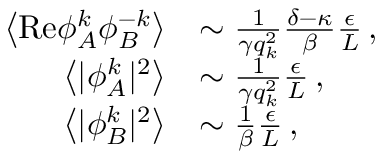
\begin{array} { r l } { \left\langle \mathrm { R e } { \phi } _ { A } ^ { k } { \phi } _ { B } ^ { - k } \right\rangle } & { \sim \frac { 1 } { \gamma q _ { k } ^ { 2 } } \frac { \delta - \kappa } { \beta } \frac { \epsilon } { L } \, , } \\ { \left\langle \vert { \phi } _ { A } ^ { k } \vert ^ { 2 } \right\rangle } & { \sim \frac { 1 } { \gamma q _ { k } ^ { 2 } } \frac { \epsilon } { L } \, , } \\ { \left\langle \vert { \phi } _ { B } ^ { k } \vert ^ { 2 } \right\rangle } & { \sim \frac { 1 } { \beta } \frac { \epsilon } { L } \, , } \end{array}